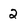
Character: 2